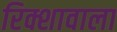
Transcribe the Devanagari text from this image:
रिक्शावाला